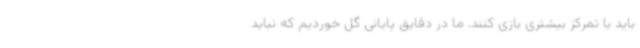
باید با تمرکز بیشتری بازی کنند. ما در دقایق پایانی گل خوردیم که نباید